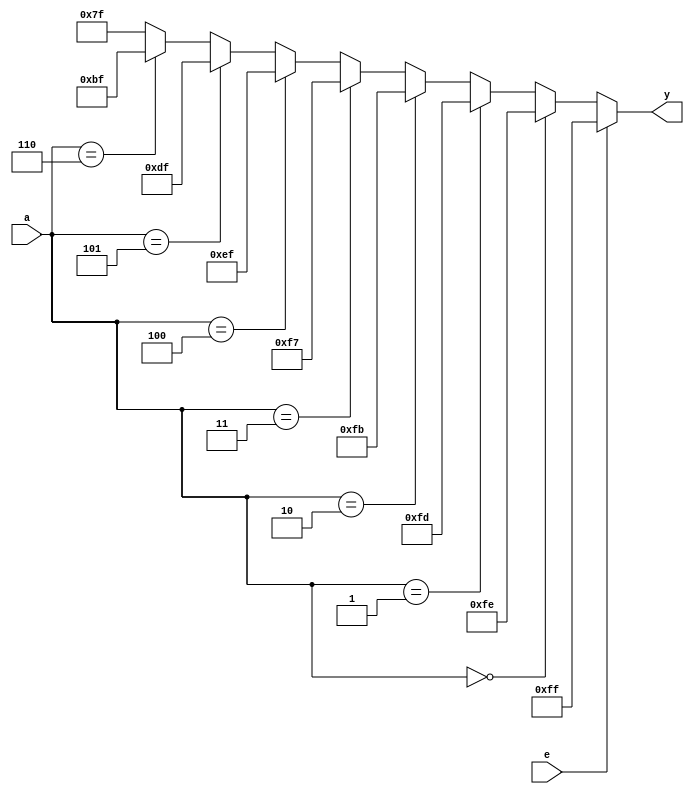
module decoder_3_8(a,e,y);
input [2:0]a;
input e;
output reg  [7:0]y;

always @(e,a)
begin
if(e==1)
    y=8'b11111111;
else
    begin
        if(a==3'b000)
            y=8'b11111110;
        else if(a==2'b001)
            y=8'b11111101;
        else if(a==2'b010)
            y=8'b11111011;
        else if(a==3'b011)
            y=8'b11110111;
        else if(a==3'b100)
            y=8'b11101111;
        else if(a==3'b101)
            y=8'b11011111;
        else if(a==3'b110)
            y=8'b10111111;
        else
            y=8'b01111111;
     end
end
endmodule